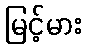
မြင့်မား